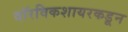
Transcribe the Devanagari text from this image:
वॉरविकशायरकडून